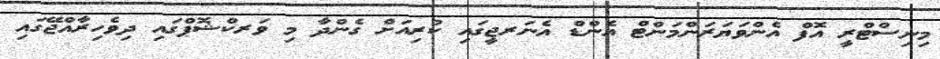
މިނިސްޓްރީ އޮފް އެންވަޔަރަންމަންޓް އެންޑް އެނަރޖީގައި ކުރިއަށް ގެންދާ މި ވަރކްޝޮޕްގައި ދިވެހިރާއްޖޭގައި